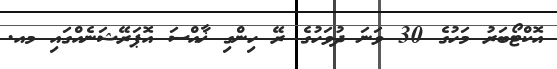
އޮކްޓޯބަރު މަހުގެ 30 ވަނަ ދުވަހުގެ ރޭ ހިންގި ޚާއްސަ އޮޕަރޭޝަނެއްގައި މއ.